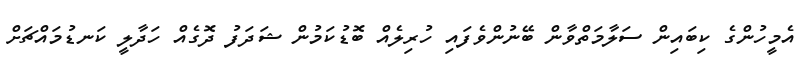
އެމީހުންގެ ކިބައިން ސަލާމަތްވާން ބޭނުންވެފައި ހުރިލެއް ބޮޑުކަމުން ޝަދަފު ދޮގެއް ހަދާލީ ކަނޑުމައްޗަށް